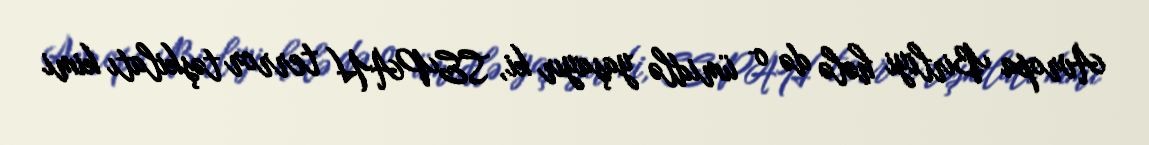
Avropa Birliyi hələ də o ümidlə yaşayır ki, SEPAH terror təşkilatı kimi